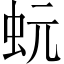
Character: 蚖